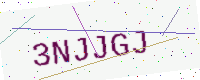
Text: 3NJJGJ